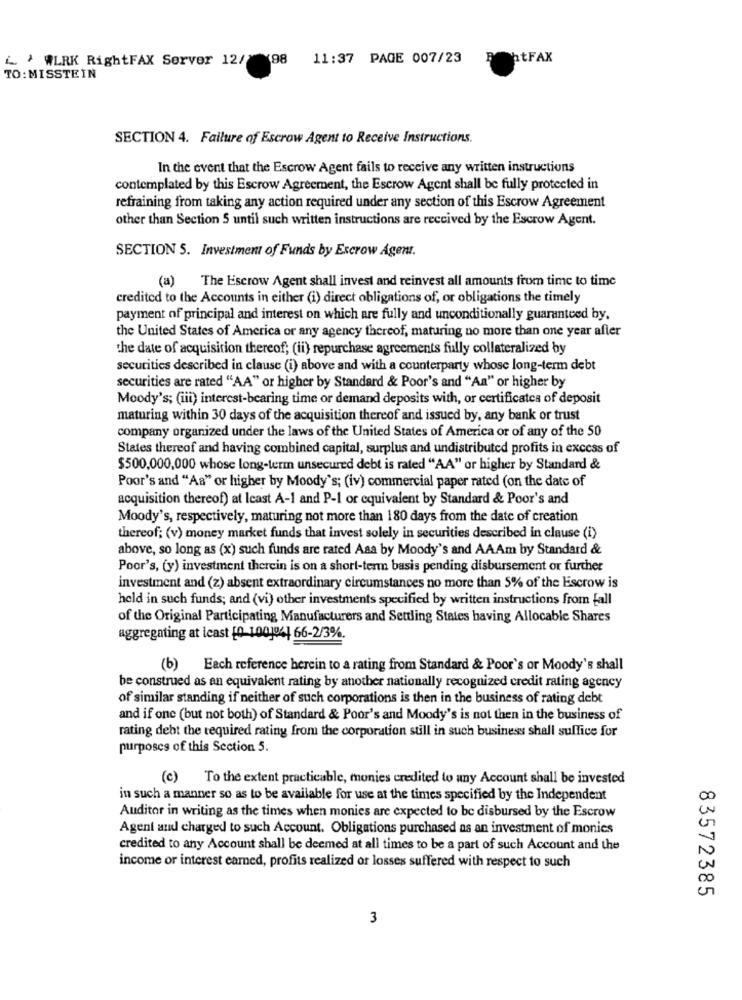
L ' WERK RightFAX Server 12/ 198
11:37 PAGE 007/23
BentFAX
TO: MISSTEIN
SECTION 4. Failure of Escrow Agent to Receive Instructions.
In the event that the Escrow Agent fails to receive any written instructions
contemplated by this Escrow Agreement, the Escrow Agent shall be fully protected in
refraining from taking any action required under any section of this Escrow Agreement
other than Section 5 until such written instructions are received by the Escrow Agent.
SECTION S. Investment of Funds by Escrow Agent.
(a) The Escrow Agent shall invest and reinvest all amounts from time to time
credited to the Accounts in either (i) direct obligations of, or obligations the timely
payment of principal and interest on which are fully and unconditionally guaranteed by.
the United States of America or any agency thereof, maturing no more than one year after
the date of acquisition thereof; (ii) repurchase agreements fully collateralized by
securities described in clause (i) above and with a counterparty whose long-term debt
securities are rated "AA" or higher by Standard & Poor's and "Aa" or higher by
Moody's; (iii) interest-bearing time or demand deposits with, or certificates of deposit
maturing within 30 days of the acquisition thereof and issued by, any bank or trust
company organized under the laws of the United States of America or of any of the 50
States thereof and having combined capital, surplus and undistributed profits in excess of
$500.000,000 whose long-term unsecured debt is rated "AA" or higher by Standard &
Poor's and "Aa" or higher by Moody's; (iv) commercial paper rated (on the date of
acquisition thereof) at least A-1 and P-1 or equivalent by Standard & Poor's and
Moody's, respectively, maturing not more than 180 days from the date of creation
thereof; (v) money market funds that invest solely in securities described in clause (i)
above, so long as (x) such funds are rated Aaa by Moody's and AAAm by Standard &
Poor's, (y) investment therein is on a short-term basis pending disbursement or further
investment and (z) absent extraordinary circumstances no more than 5% of the Escrow is
held in such funds; and (vi) other investments specified by written instructions from fall
of the Original Participating Manufacturers and Settling States having Allocable Shares
aggregating at least [0 100104| 66-2/3%.
(b) Each reference herein to a rating from Standard & Poor's or Moody's shall
be construed as an equivalent rating by another nationally recognized credit rating agency
of similar standing if neither of such corporations is then in the business of rating debt
and if one (but not both) of Standard & Poor's and Moody's is not then in the business of
rating debt the required rating from the corporation still in such business shall suffice for
purposes of this Section 5.
(c) To the extent practicable, monies credited to any Account shall be invested
in such a manner so as to be available for use at the times specified by the Independent
Auditor in writing as the times when monies are expected to be disbursed by the Escrow
Agent and charged to such Account. Obligations purchased as an investment of monies
credited to any Account shall be deemed at all times to be a part of such Account and the
income or interest earned, profits realized or losses suffered with respect to such
83572385
3